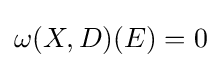
\omega (X,D)(E)=0